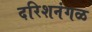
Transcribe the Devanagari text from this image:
दरिशनंगळ